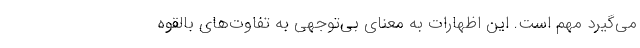
می‌گیرد مهم است. این اظهارات به معنای بی‌توجهی به تفاوت‌های بالقوه